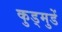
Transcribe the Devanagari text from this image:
कुड्मुडें